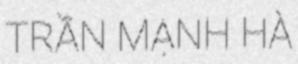
TRẦN MẠNH HÀ